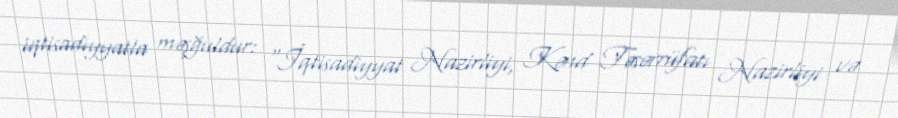
iqtisadiyyatla məşğuldur: “İqtisadiyyat Nazirliyi, Kənd Təsərrüfatı Nazirliyi və